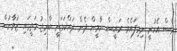
ވެސް އެހުރީ ނިމިފައެވެ. ރައީސް ޔާމީން ދެން ދައްކަވަނީ ބްރިޖު މަތީގައި ޒުވާނުން